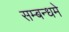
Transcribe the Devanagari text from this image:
सम्बन्धमे